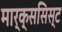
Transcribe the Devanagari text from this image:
मार्क्‍ससिस्‍ट